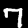
Digit: 7